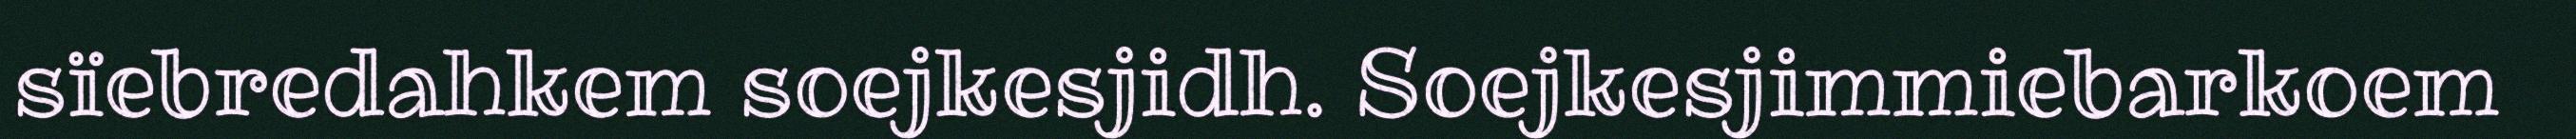
sïebredahkem soejkesjidh. Soejkesjimmiebarkoem